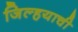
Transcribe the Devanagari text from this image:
जिल्हयाची